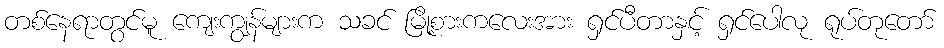
တစ်နေရာတွင်မူ ကျေးကျွန်များက သခင် မြို့စားကလေးအား ရှင်ပီတာနှင့် ရှင်ပေါလု ရုပ်တုတော်